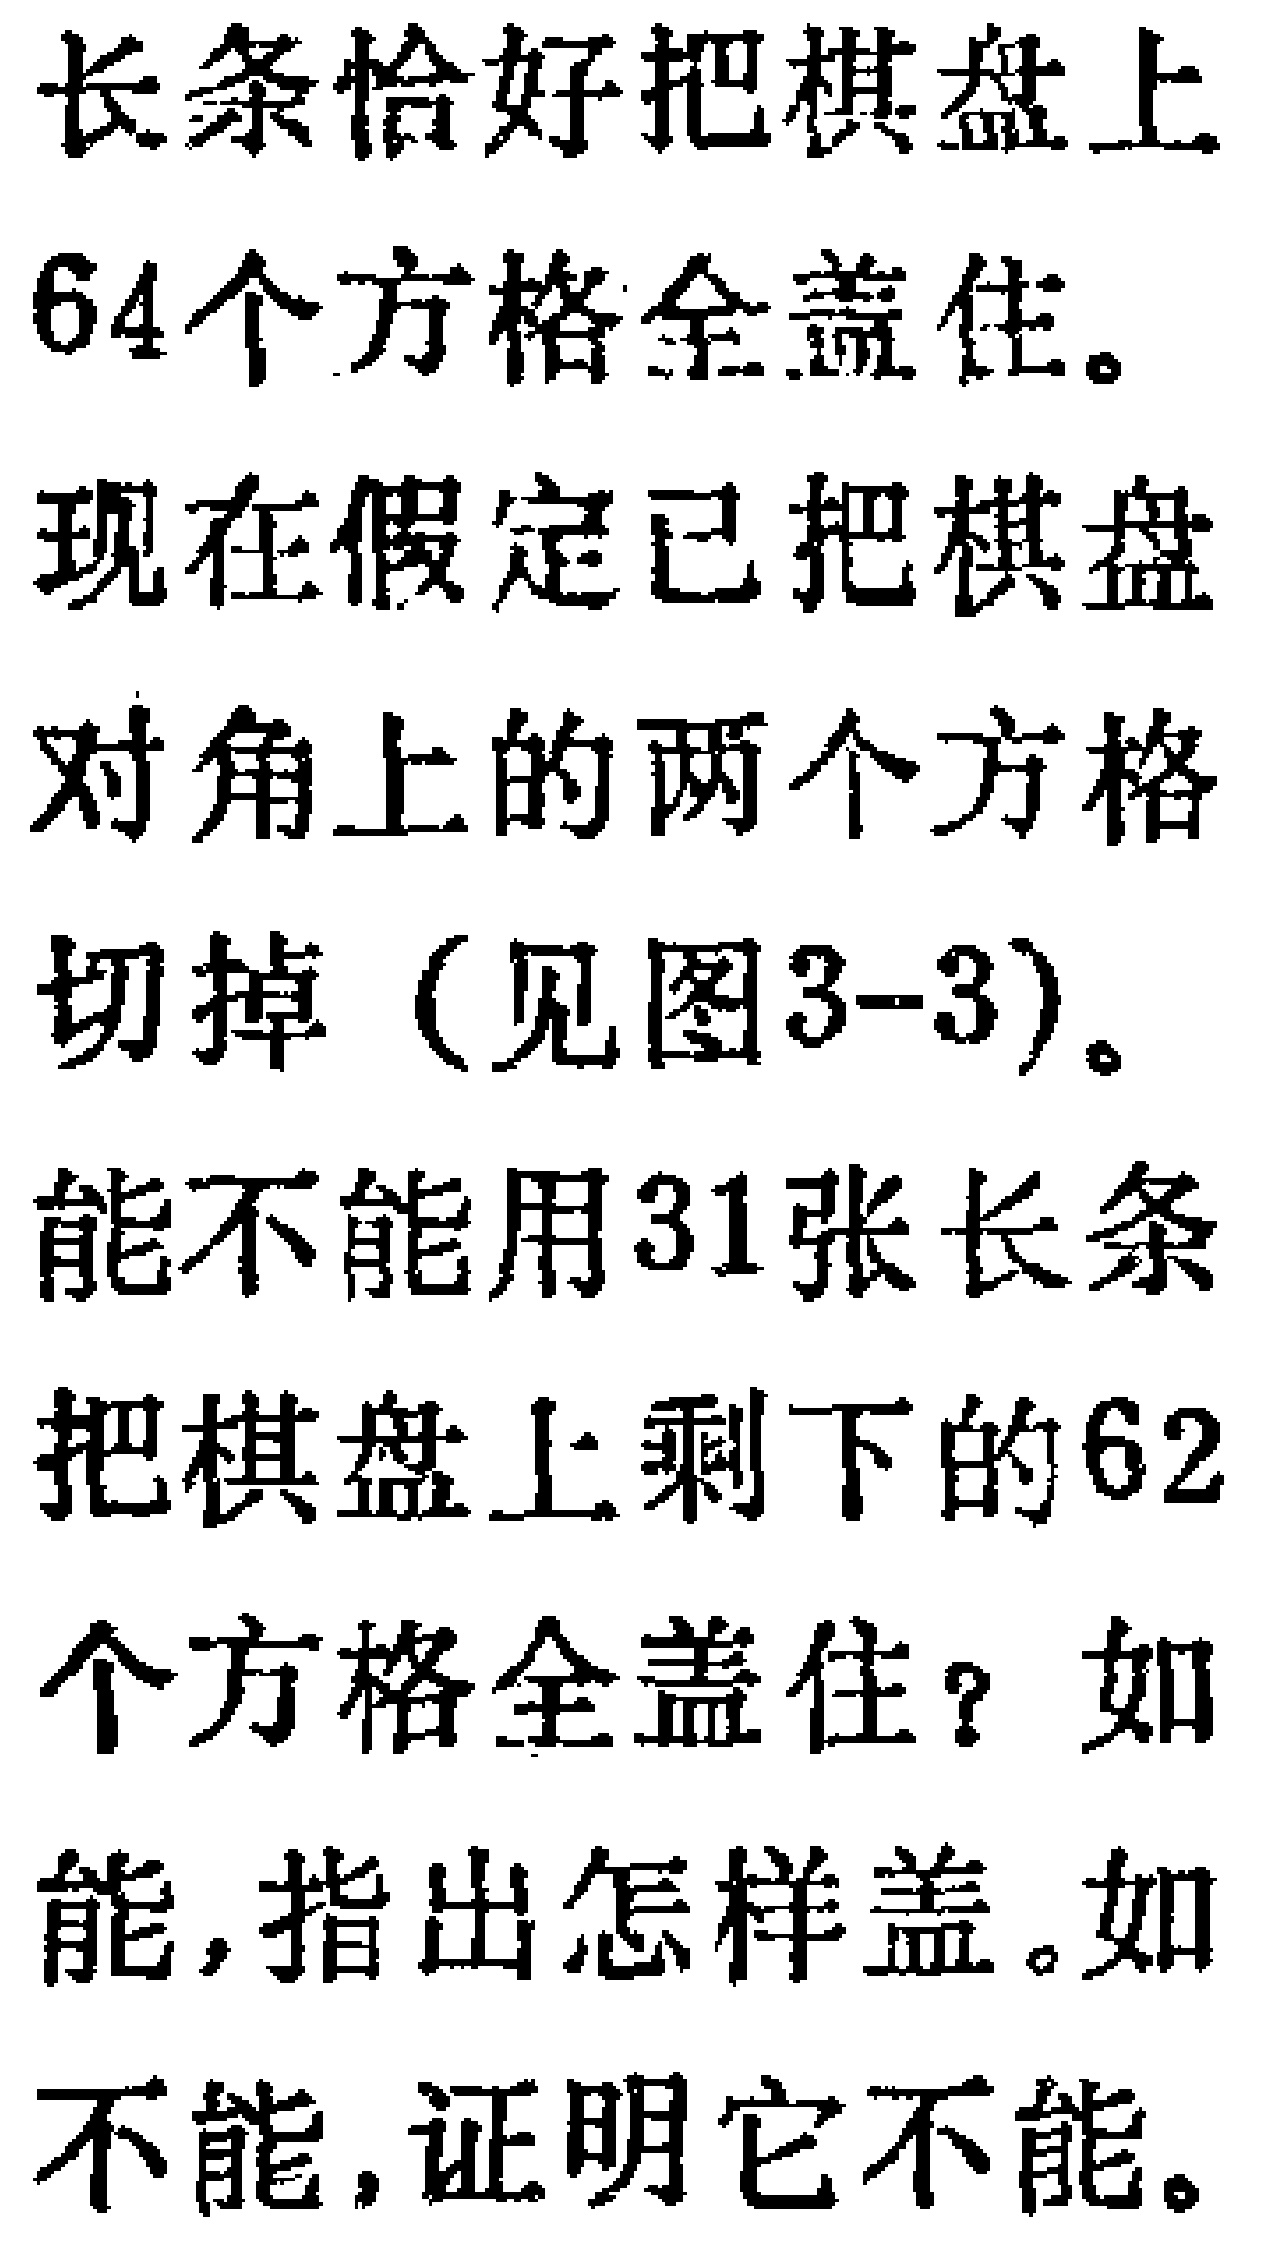
长条恰好把棋盘上

64个方格全盖住。

现在假定已把棋盘

对角上的两个方格

切掉（见图3-3）。

能不能用31张长条

把棋盘上剩下的62

个方格全盖住？如

能，指出怎样盖。如

不能，证明它不能。